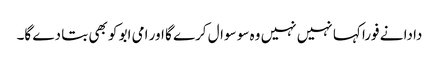
دادا نے فورا کہا نہیں نہیں وہ سو سوال کرے گا اور امی ابو کو بھی بتا دے گا۔